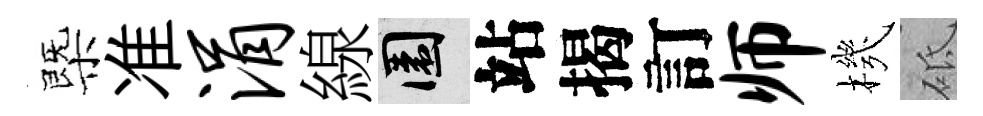
㮣准涓線園站揭訂师機砥